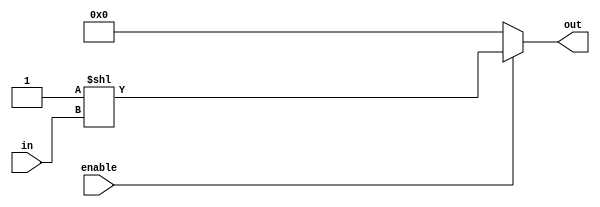
`timescale 1ns / 1ps
//////////////////////////////////////////////////////////////////////////////////
// Company: 
// Engineer: 
// 
// Design Name: 
// Module Name: decoder
// Project Name: 
// Target Devices: 
// Tool Versions: 
// Description: 
// 
// Dependencies: 
// 
// Revision:
// Revision 0.01 - File Created
// Additional Comments:
// 
//////////////////////////////////////////////////////////////////////////////////


module decoder(in,enable,out);
input[3:0]in;
input enable;
output[15:0]out;
assign out=(enable)?(1<<in):16'd0;

endmodule